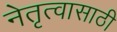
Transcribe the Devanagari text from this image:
नेतृत्वासाठी